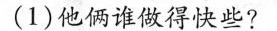
(1)他俩谁做得快些?